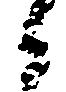
か